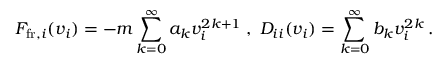
F _ { \mathrm { f r } , i } ( v _ { i } ) = - m \sum _ { k = 0 } ^ { \infty } a _ { k } v _ { i } ^ { 2 k + 1 } \; , \; D _ { i i } ( v _ { i } ) = \sum _ { k = 0 } ^ { \infty } b _ { k } v _ { i } ^ { 2 k } \, .